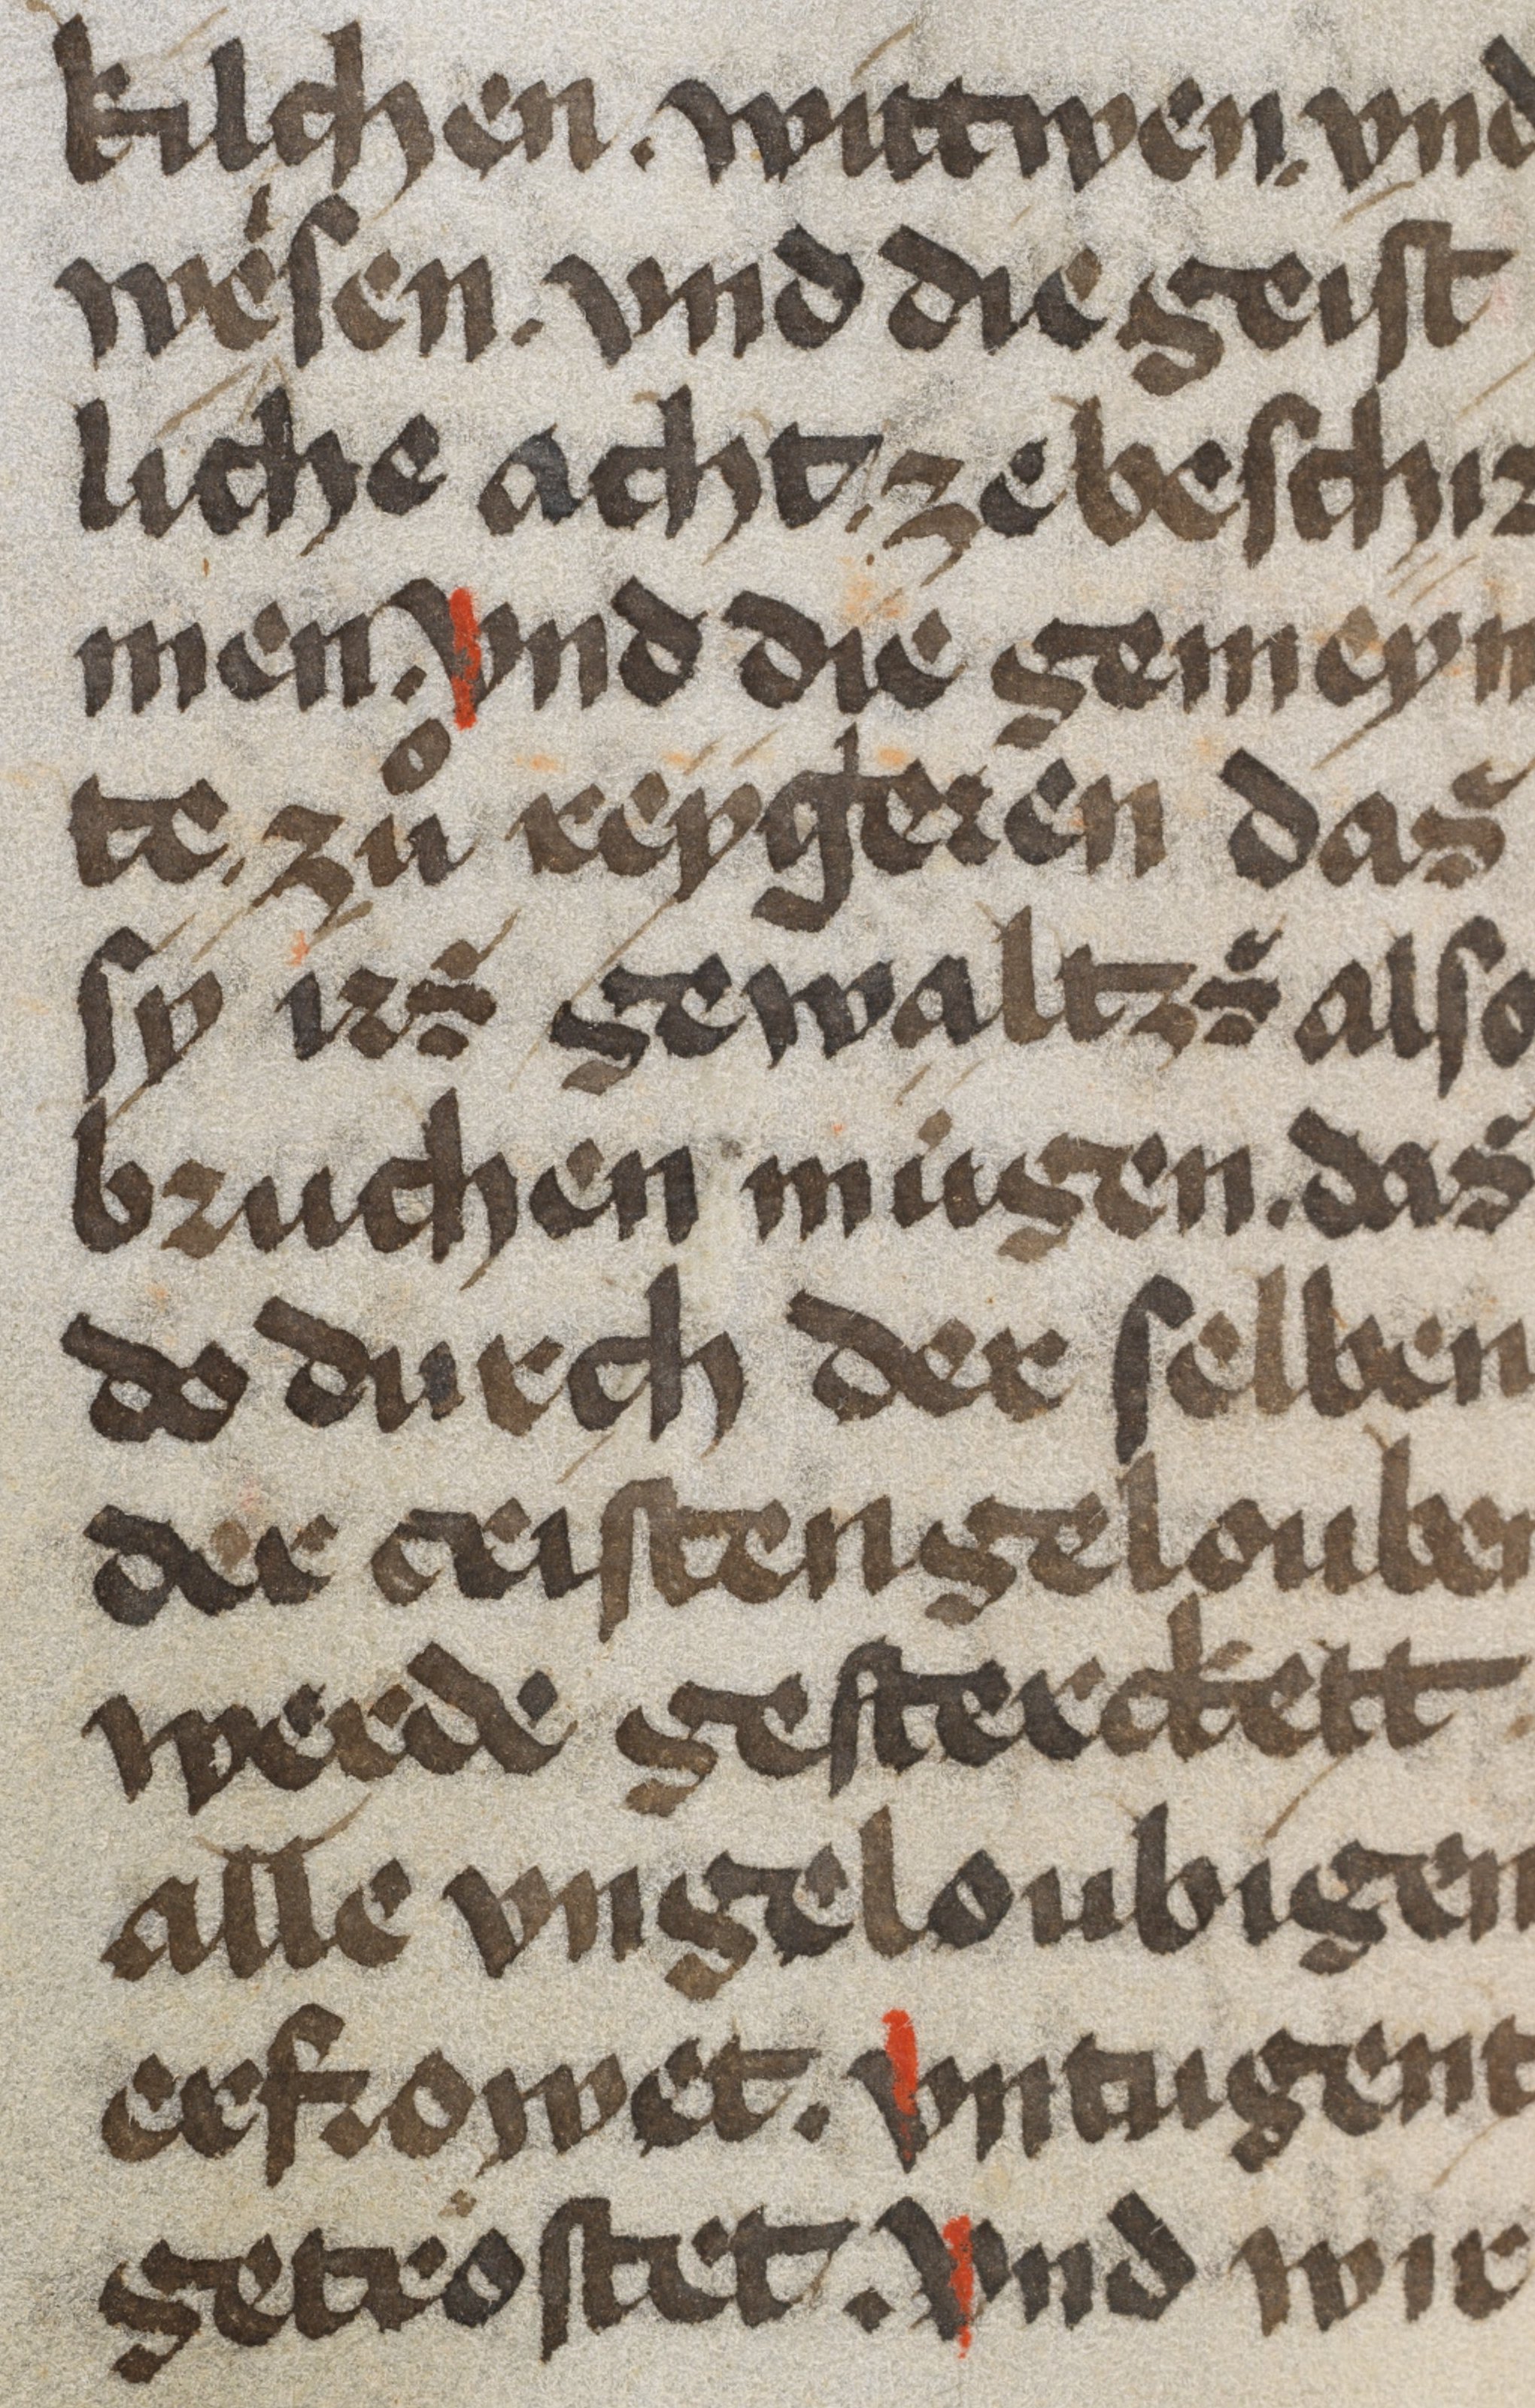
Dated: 1350–1499